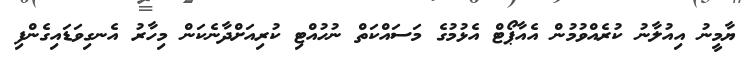
ޔާމީނު އިއުލާނު ކުރެއްވުމުން އެއާޕޯޓް އެޅުމުގެ މަސައްކަތް ނުހުއްޓި ކުރިއަށްދާނެކަން މިހާރު އެނގިވަޑައިގެންފި